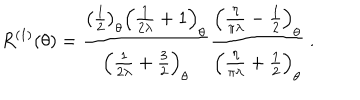
R ^ { ( 1 ) } ( \theta ) = \frac { \left( \frac { 1 } { 2 } \right) _ { \theta } \left( \frac { 1 } { 2 \lambda } + 1 \right) _ { \theta } } { \left( \frac { 1 } { 2 \lambda } + \frac { 3 } { 2 } \right) _ { \theta } } \frac { \left( \frac { \eta } { \pi \lambda } - \frac { 1 } { 2 } \right) _ { \theta } } { \left( \frac { \eta } { \pi \lambda } + \frac { 1 } { 2 } \right) _ { \theta } } \ .